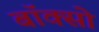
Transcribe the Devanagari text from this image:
बॉक्सो